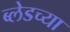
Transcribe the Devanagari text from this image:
ब्लेडच्या